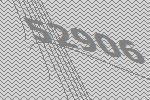
52906